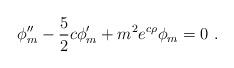
LaTeX: \begin{align*} \phi_m^{\prime\prime} -\frac{5}{2} c \phi_m^\prime + m^2 e^{c\rho} \phi_m = 0~.\end{align*}